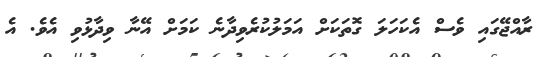
ރާއްޖޭގައި ވެސް އެކަހަލަ ގޮތަކަށް އަމަލުކުރެވިދާނެ ކަމަށް އޭނާ ވިދާޅުވި އެވެ. އެ